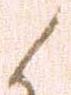
候